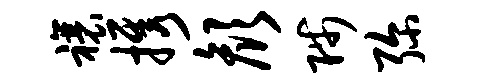
禳携颜陟弥